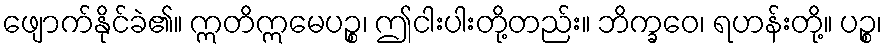
ဖျောက်နိုင်ခဲ၏။ ဣတိဣမေပဉ္စ၊ ဤငါးပါးတို့တည်း။ ဘိက္ခဝေ၊ ရဟန်းတို့။ ပဉ္စ၊